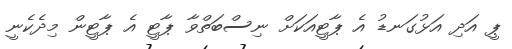
ޕީ އަދި އަޅުގަނޑު އެ ޕާޓީއަކަށް ނިސްބަތްވާ ޕާޓީ އެ ޕާޓީން މިދެކެނީ